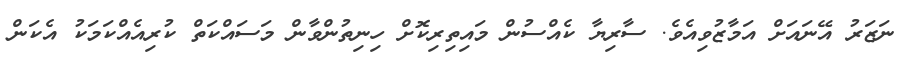
ނަޒަރު އޭނައަށް އަމާޒުވިއެވެ. ސާރިޔާ ކެއްސުން މައިތިރިކޮށް ހިނިތުންވާން މަސައްކަތް ކުރިއެއްކަމަކު އެކަން